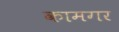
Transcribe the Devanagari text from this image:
कामगर